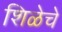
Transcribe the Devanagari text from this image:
शिळेचे